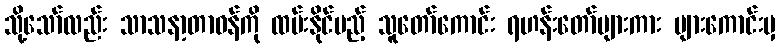
သို့သော်လည်း သာသနာ့တာဝန်ကို ထမ်းနိုင်မည့် သူတော်ကောင်း ရဟန်းတော်များကား များကောင်းမှ